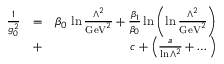
\begin{array} { r l r } { { \frac { 1 } { g _ { 0 } ^ { 2 } } } } & { = } & { \beta _ { 0 } \, \ln { \frac { \Lambda ^ { 2 } } { \mathrm { G e V } ^ { 2 } } } + { \frac { \beta _ { 1 } } { \beta _ { 0 } } } \ln \left( \ln { \frac { \Lambda ^ { 2 } } { \mathrm { G e V } ^ { 2 } } } \right) } \\ & { + } & { c + \left( { \frac { a } { \ln \Lambda ^ { 2 } } } + \dots \right) } \end{array}